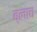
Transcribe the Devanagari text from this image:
ब्लाच